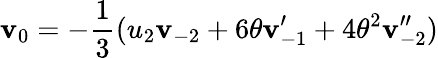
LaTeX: \mathbf{v}_{{0}}=-\frac{{1}}{{3}}(u_{2}\mathbf{v}_{-2}+6\theta\mathbf{v}_{-1}^{\prime}+4{\theta}^{2}\mathbf{v}_{-2}^{\prime\prime})